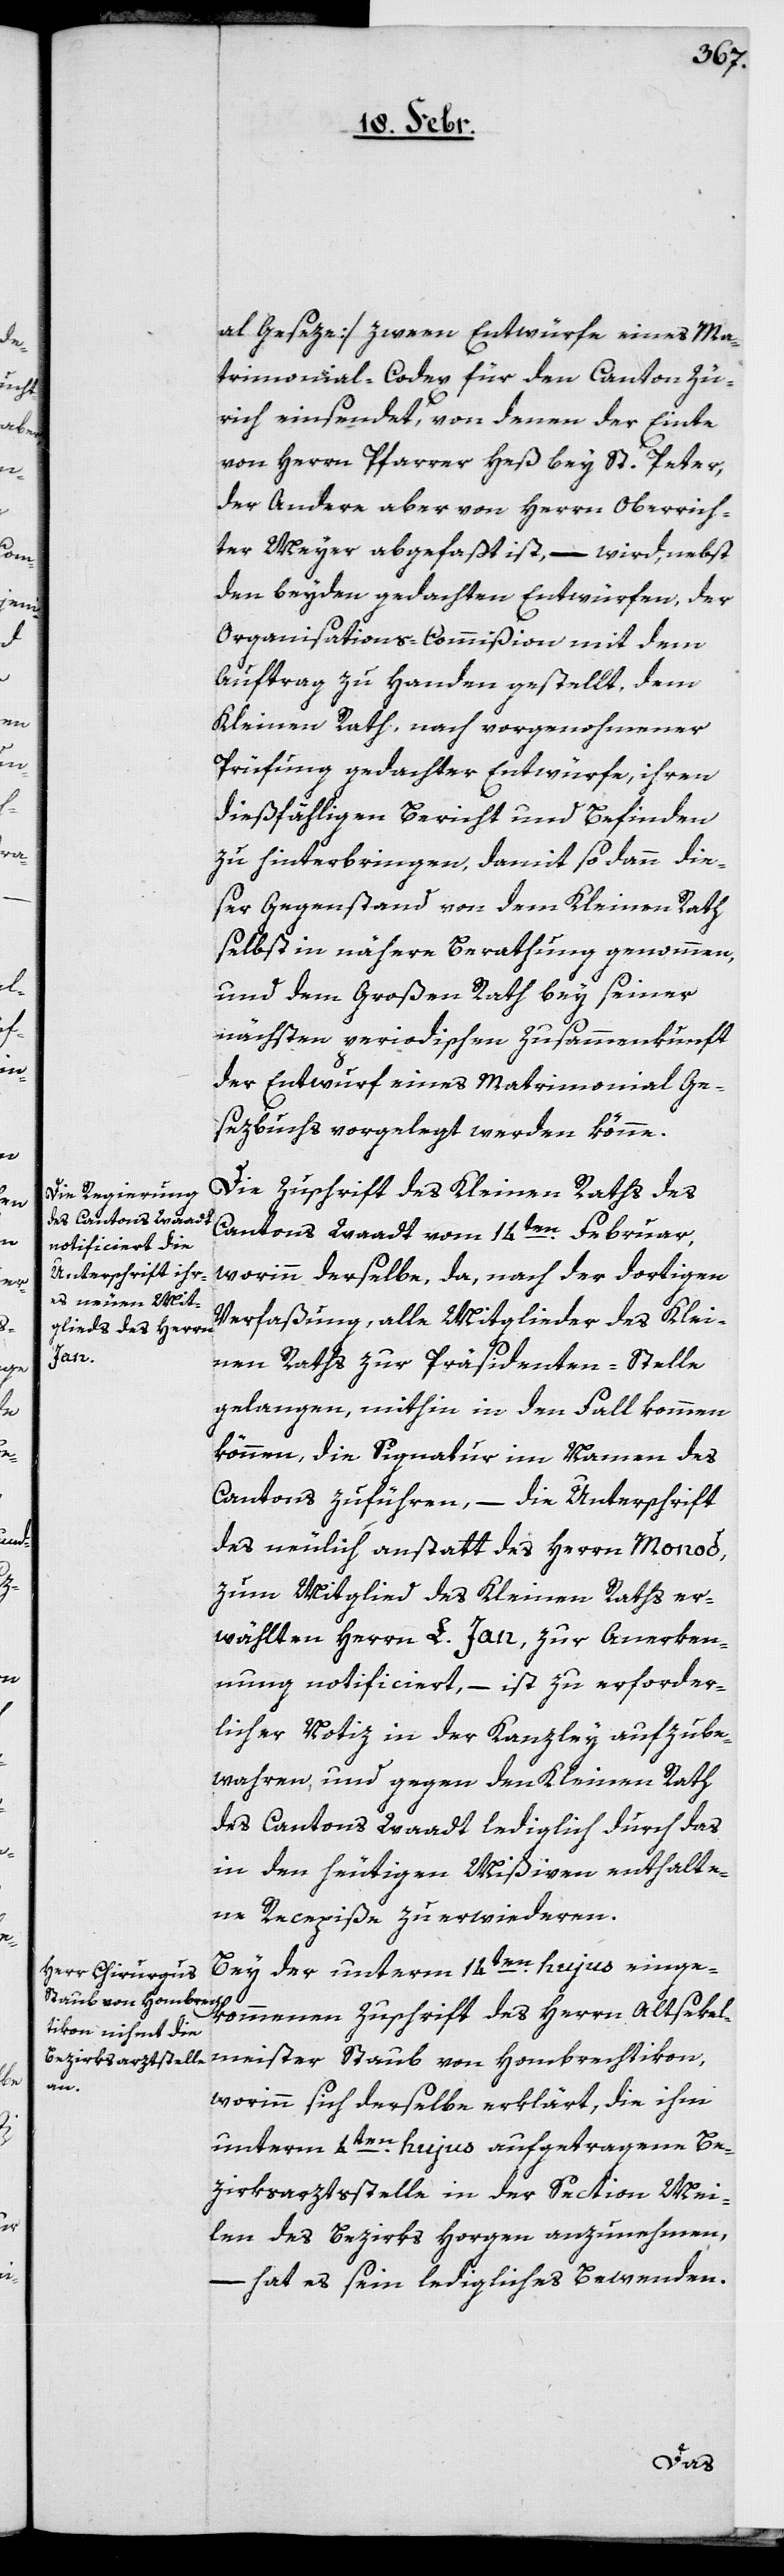
al-Geseze] zween Entwürfe eines Ma¬
trimonial-Codex für den Canton Zü¬
rich einsendet, von denen der Einte
von Herrn Pfarrer Heß bey St. Peter,
der Andere aber von Herrn Oberrich¬
ter Meyer abgefaßt ist, – wird, nebst
den beyden gedachten Entwürfen, der
Organisations-Commißion mit dem
Auftrag zu Handen gestellt, dem
Kleinen Rath, nach vorgenohmener
Prüfung gedachter Entwürfe, ihren
dießfälligen Bericht und Befinden
zu hinterbringen, damit so dann die¬
ser Gegenstand von dem Kleinen Rath
selbst in nähere Berathung genommen,
und dem Großen Rath bey seiner
nächsten periodischen Zusammenkunft
der Entwurf eines Matrimonial Ge¬
sezbuchs vorgelegt werden könne.
Die Zuschrift des Kleinen Raths des
Cantons Waadt vom 14ten. Februar,
worinn derselbe, da, nach der dortigen
Verfaßung, alle Mitglieder des Klei¬
nen Raths zur Präsidenten-Stelle
gelangen, mithin in den Fall kommen
können, die Signatur im Namen des
Cantons zuführen, – die Unterschrift
des neulich anstatt des Herrn Monod,
zum Mitglied des Kleinen Raths er¬
wählten Herrn L. Jan zur Anerken¬
nung notificiert, – ist zu erforder¬
licher Notiz in der Kanzley aufzube¬
wahren, und gegen den Kleinen Rath
des Cantons Waadt lediglich durch das
in den heutigen Mißiven enthalte¬
ne Recepiße zu erwideren.
Bey der unterm 14ten. hujus einge¬
kommenen Zuschrift des Herrn Altsekel¬
meister Staub von Hombrechtikon,
worinn sich derselbe erklärt, die ihm
unterm 4ten. hujus aufgetragene Be¬
zirksarztsstelle in der Section Mei¬
len des Bezirks Horgen anzunehmen,
– hat es sein ledigliches Bewenden.